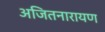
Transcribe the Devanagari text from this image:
अजितनारायण